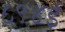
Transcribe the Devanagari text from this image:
८९४ई